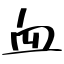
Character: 血